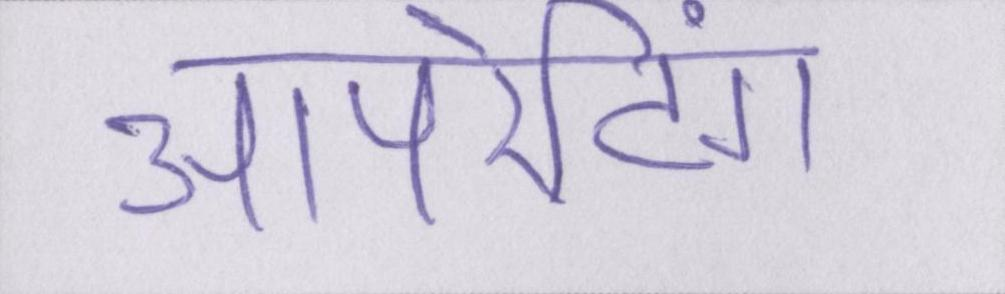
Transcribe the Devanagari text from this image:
ऑपरेटिंग